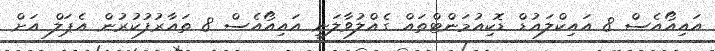
އައިއޯއެސް 8 އައިކްލައުޑް ޑޮކިއުމަންޓްތައް ގެއްލުވާލަނީ އައިއޯއެސް 8 ތައާރުފުކުރުން އެޕަލް އަށް